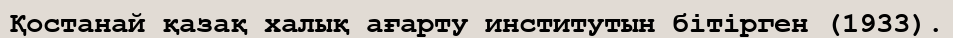
Қостанай қазақ халық ағарту институтын бітірген (1933).